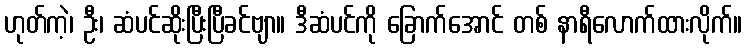
ဟုတ်ကဲ့၊ ဦး၊ ဆံပင်ဆိုးပြီးပြီခင်ဗျာ။ ဒီဆံပင်ကို ခြောက်အောင် တစ် နာရီလောက်ထားလိုက်။